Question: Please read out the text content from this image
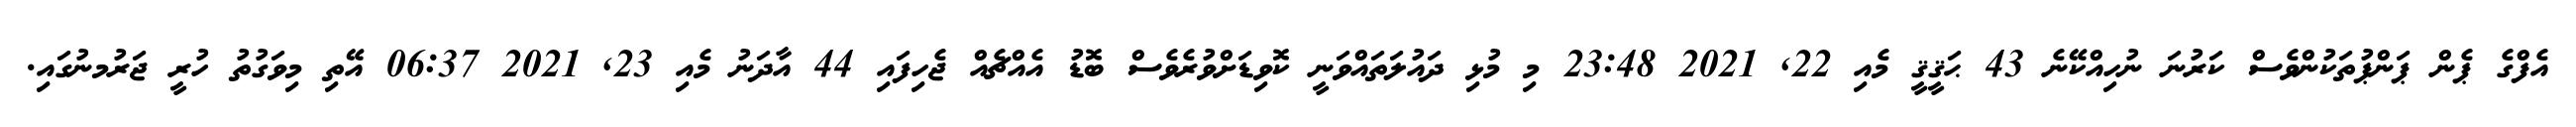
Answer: އެފްގެ ޕެން ޕަންޕުތަކުންވެސް ކަރުނަ ނުހިއްކޭނެ 43 ޙަޤީޤީ މެއި 22, 2021 23:48 މި މުޅި ދައުލަތައްވަނީ ކޮވިޑަށްވުރެވެސް ބޮޑު އެއްޗެއް ޖެހިފައި 44 އާދަނު މެއި 23, 2021 06:37 އޭތި މިވަގުތު ހުރީ ޖަރުމނުގައި.